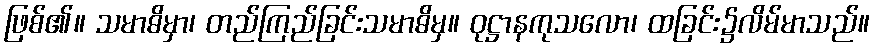
ဖြစ်၏။ သမာဓိမှာ၊ တည်ကြည်ခြင်းသမာဓိမှ။ ဝုဋ္ဌာနကုသလော၊ ထခြင်း၌လိမ်မာသည်။